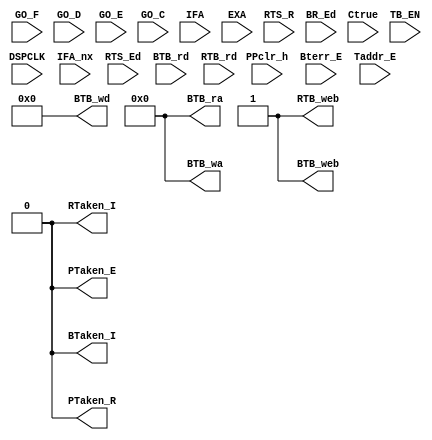



module  BTB  (/* ------------ Inputs : ------------- */
              /* glob */ /*T_RST,*/ DSPCLK,
              /* psq  */ PPclr_h, GO_F, GO_D, GO_E, GO_C, IFA_nx,
                         IFA, EXA, Bterr_E, Taddr_E,
              /* dec  */ RTS_R, RTS_Ed, BR_Ed,  
              /* eu   */ Ctrue,
              /* memc */ TB_EN,
               BTB_rd,
               RTB_rd,
`ifdef FD_DFT
              /* dft  */ SCAN_TEST,
`endif            
              
               BTB_ra, BTB_wa, BTB_wd, BTB_web, 
               /*RTB_wd,*/ RTB_web,
               BTaken_I, RTaken_I, PTaken_R, PTaken_E);

        
input [25:0] BTB_rd;		
input [4:0]  IFA_nx;		
input [13:0] IFA,		
             EXA,		
             Taddr_E;		
input [11:0] RTB_rd;		
input /*T_RST,*/		
      DSPCLK,			
      PPclr_h,			
      GO_F,			
      GO_D,			
      GO_E,			
      GO_C,			
      Bterr_E,			
      Ctrue,			
      RTS_R, RTS_Ed,	
      BR_Ed,			
      TB_EN;			
`ifdef FD_DFT
input SCAN_TEST;
`endif

output [4:0]  BTB_wa,		
              BTB_ra;		
output [25:0] BTB_wd;		
output BTB_web,			
       RTB_web,			
       BTaken_I,
       RTaken_I,	
       PTaken_R, 		
       PTaken_E; 		



assign BTB_wa=0;
assign BTB_ra=0;
assign BTB_wd=0;
assign BTB_web=1;	
assign RTB_web=1;	
assign BTaken_I=0;
assign RTaken_I=0;
assign PTaken_R=0;
assign PTaken_E=0;

endmodule